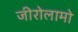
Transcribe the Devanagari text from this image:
जीरोलामो